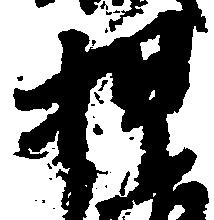
押